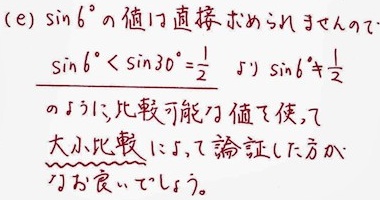
(e) $\sin 6^{\circ}$ の値は直接求められないため、
$\sin 6^{\circ}<\sin 30^{\circ}=\frac{1}{2}$ より $\sin 6^{\circ}\neq\frac{1}{2}$
のように、比較可能な値を使って
大小比較して、議論していく方が
いいでしょう。